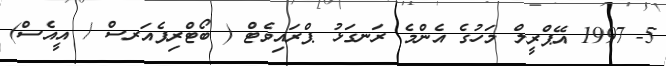
5-	1997 އޭޕްރީލް މަހުގެ އެންމެ ރަނގަޅު ޕްރައިވެޓް ( ބޯޓްރިޕެއަރސް / އީއެސް)